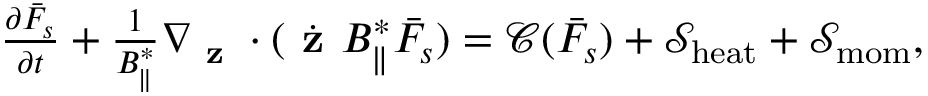
\begin{array} { r } { \frac { \partial \bar { F } _ { s } } { \partial t } + \frac { 1 } { B _ { \parallel } ^ { * } } \nabla _ { \textbf { z } } \cdot ( \dot { \textbf { z } } B _ { \parallel } ^ { * } \bar { F _ { s } } ) = \mathcal { C } ( \bar { F } _ { s } ) + \mathcal { S } _ { \mathrm { h e a t } } + \mathcal { S } _ { \mathrm { \mathrm { m o m } } } , } \end{array}